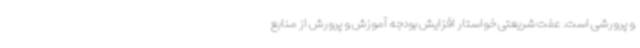
و پرورشی است. عفت شریعتی خواستار افزایش بودجه آموزش و پرورش از منابع